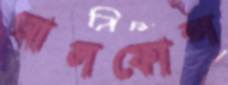
আলফোন্স